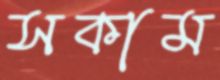
সকাম